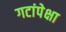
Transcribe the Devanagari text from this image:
गटांपेक्षा